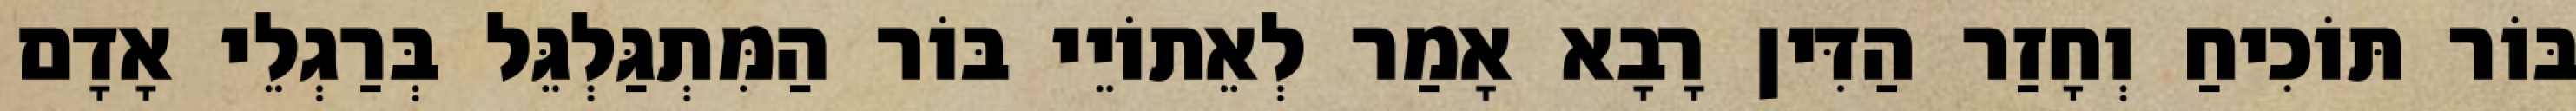
בּוֹר תּוֹכִיחַ וְחָזַר הַדִּין רָבָא אָמַר לְאֵתוֹיֵי בּוֹר הַמִּתְגַּלְגֵּל בְּרַגְלֵי אָדָם